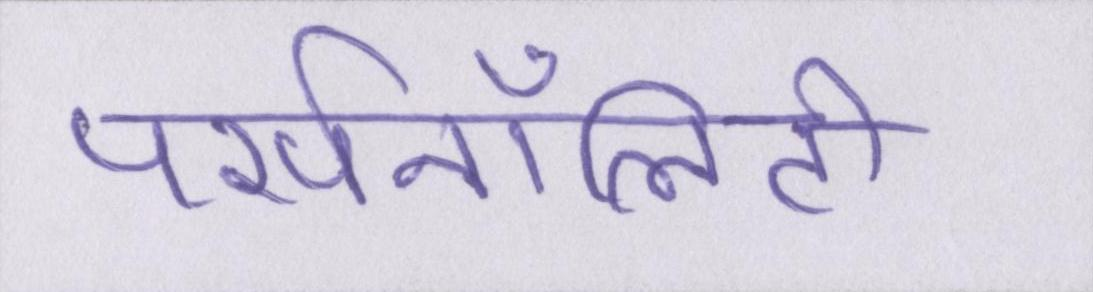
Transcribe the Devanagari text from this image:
पर्सनॉलिटी